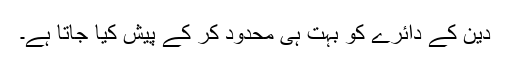
دین کے دائرے کو بہت ہی محدود کر کے پیش کیا جاتا ہے۔